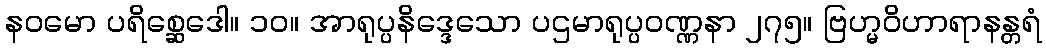
နဝမော ပရိစ္ဆေဒေါ။ ၁၀။ အာရုပ္ပနိဒ္ဒေသော ပဌမာရုပ္ပဝဏ္ဏနာ ၂၇၅။ ဗြဟ္မဝိဟာရာနန္တရံ